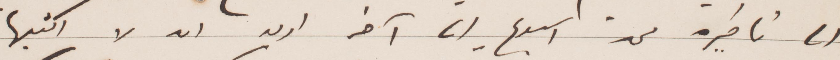
الى تأخيره من أسبوع أي آخر اريد ان لا اكتبها